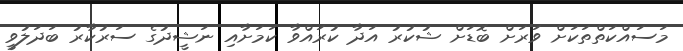
މަސައްކަތްތަކަށް ވަރަށް ބޮޑަށް ޝުކުރު އަދާ ކުރައްވާ ކަމަށާއި ނަޝީދުގެ ސަރުކާރު ބަދަލުވީ